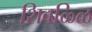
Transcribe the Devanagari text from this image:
शिवळ्ळि